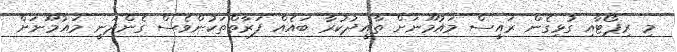
މި ރިޕޯޓާއި ގުޅިގެން ރައީސް މައުމޫނަށް ތާއީދުކުރާ ބައެއް ފަރާތްތަކުންވެސް ގެންދަނީ މައުމޫނަށް